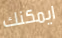
ايمكنك